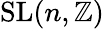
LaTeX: \operatorname{SL}(n,\mathbb{Z})